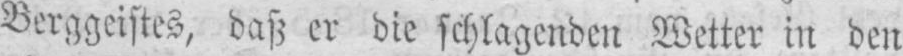
Berggeistes, daß er die schlagenden Wetter in den